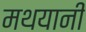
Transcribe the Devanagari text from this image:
मथयानी